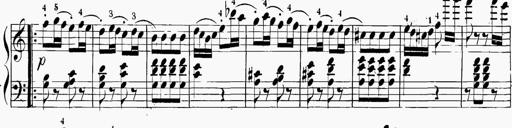
Title: 6 Sonatinas
Composer: Carl Reinecke